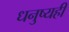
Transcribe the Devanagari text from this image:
धनुष्यही